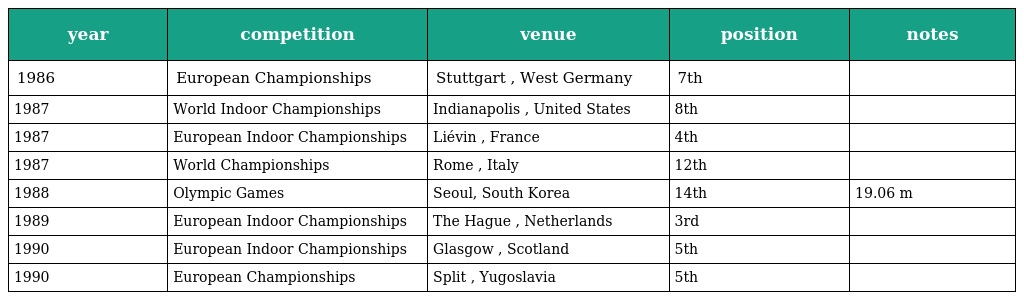
| year | competition | venue | position | notes |
 | --- | --- | --- | --- | --- |
 | 1986 | European Championships | Stuttgart , West Germany | 7th |  |
 | 1987 | World Indoor Championships | Indianapolis , United States | 8th |  |
 | 1987 | European Indoor Championships | Liévin , France | 4th |  |
 | 1987 | World Championships | Rome , Italy | 12th |  |
 | 1988 | Olympic Games | Seoul, South Korea | 14th | 19.06 m |
 | 1989 | European Indoor Championships | The Hague , Netherlands | 3rd |  |
 | 1990 | European Indoor Championships | Glasgow , Scotland | 5th |  |
 | 1990 | European Championships | Split , Yugoslavia | 5th |  |